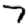
Digit: 7